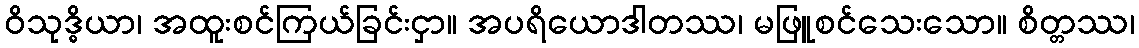
ဝိသုဒ္ဓိယာ၊ အထူးစင်ကြယ်ခြင်းငှာ။ အပရိယောဒါတဿ၊ မဖြူစင်သေးသော။ စိတ္တဿ၊